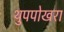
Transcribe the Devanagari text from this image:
थुपपोखरा